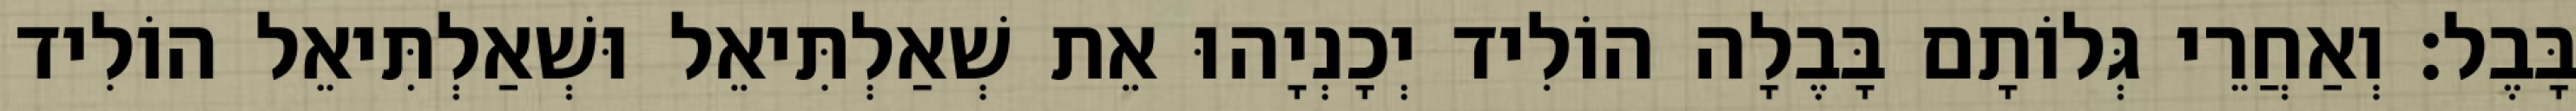
בָּבֶל׃ וְאַחֲרֵי גְּלוֹתָם בָּבֶלָה הוֹלִיד יְכָנְיָהוּ אֵת שְׁאַלְתִּיאֵל וּשְׁאַלְתִּיאֵל הוֹלִיד